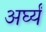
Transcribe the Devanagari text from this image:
अर्घ्यं